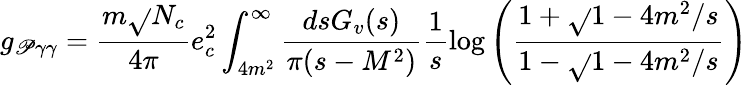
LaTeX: g_{\mathscr{P}\gamma\gamma}=\frac{{m\sqrt{}{{N_{c}}}}}{{4\pi}}e_{c}^{2}\int_{4m^{2}}^{\infty}\frac{{dsG_{v}(s)}}{{\pi(s-M^{2})}}\frac{1}{s}\log\left({\frac{{1+\sqrt{}{{1-4m^{2}/s}}}}{{1-\sqrt{}{{1-4m^{2}/s}}}}}\right)